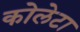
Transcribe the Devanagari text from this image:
कोलेटा